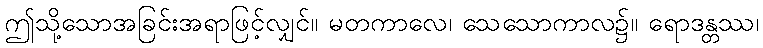
ဤသို့သောအခြင်းအရာဖြင့်လျှင်။ မတကာလေ၊ သေသောကာလ၌။ ရောဒန္တဿ၊